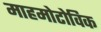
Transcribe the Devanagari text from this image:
माहमोटोविक